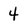
Character: 4